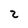
Character: 2